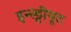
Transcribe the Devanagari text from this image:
इन्स्ट्टीयूट